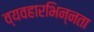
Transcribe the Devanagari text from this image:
व्यवहारभिन्नता